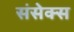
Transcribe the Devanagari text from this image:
संसेक्स